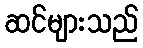
ဆင်များသည်